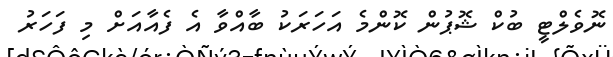
ނޮވެލްޓީ ބުކް ޝޮޕުން ކޮންމެ އަހަރަކު ބާއްވާ އެ ފެއާއަށް މި ފަހަރު